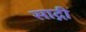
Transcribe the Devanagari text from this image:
साद्गी